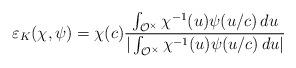
LaTeX: \begin{align*}\varepsilon_K(\chi, \psi) = \chi(c) \frac{\int_{\mathcal{O}^{\times}} \chi^{-1}(u) \psi(u/c) \,du}{| \int_{\mathcal{O}^{\times}} \chi^{-1}(u) \psi(u/c) \,du|}\end{align*}